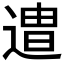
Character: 𮞯